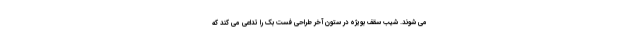
می شوند. شیب سقف بویژه در ستون آخر طراحی فست بک را تداعی می کند که